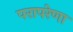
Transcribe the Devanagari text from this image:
परापरेणा